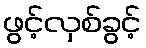
ဖွင့်လှစ်ခွင့်